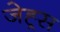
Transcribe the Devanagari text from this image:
जेह्र्स